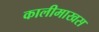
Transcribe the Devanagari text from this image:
कालीमाखस